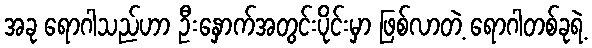
အခု ရောဂါသည်ဟာ ဦးနှောက်အတွင်းပိုင်းမှာ ဖြစ်လာတဲ့ ရောဂါတစ်ခုရဲ့